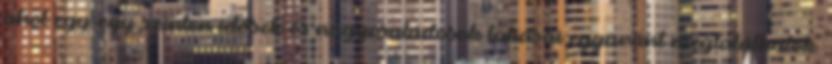
ahol egy-egy szinten idősek és nagycsaládosok lakásai egyaránt megtalálhatók.